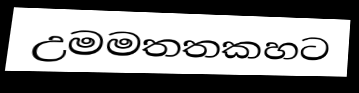
උමමතතකහට